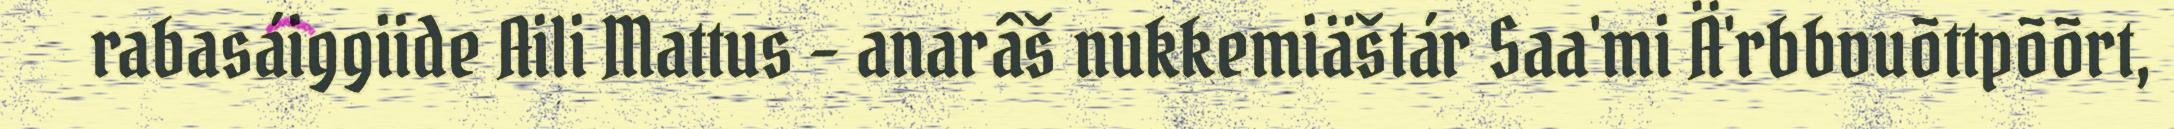
rabasáiggiide Aili Mattus – anarâš nukkemiäštár Saa'mi Ä'rbbvuõttpõõrt,